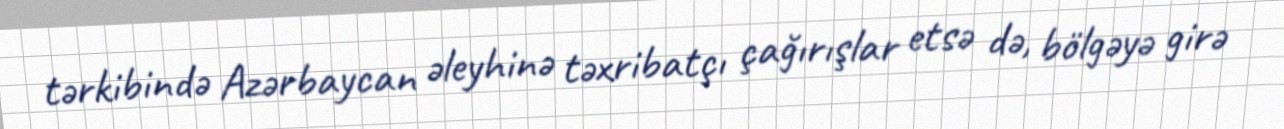
tərkibində Azərbaycan əleyhinə təxribatçı çağırışlar etsə də, bölgəyə girə